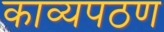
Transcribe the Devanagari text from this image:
काव्यपठण